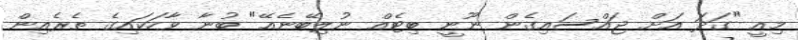
މިއީ "ގަދަ އަށް ޖައްސައިގެން ނޫނީ ބިޓެއް ނުލިބޭނެއޭ" ބުނާ ވާހަކައިގެ ތެރެއިން